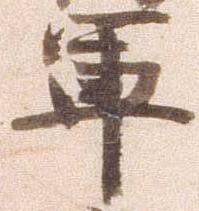
軍